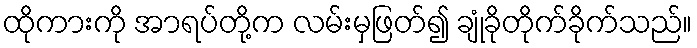
ထိုကားကို အာရပ်တို့က လမ်းမှဖြတ်၍ ချုံခိုတိုက်ခိုက်သည်။